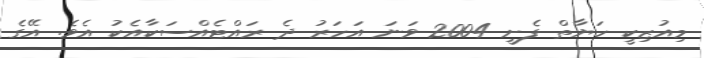
މިއުޒިކީ ހަޔާތް ފެށީ 2004 ވަނަ އަހަރު ދެ ރައްޓެއްސަކާއެކު އެވެ. އޭގެ